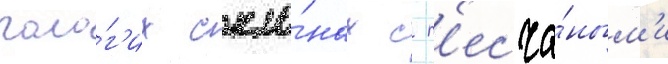
поло́г'их скло́нах с п'есча́ным'и